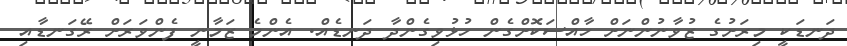
ދަނޑަކީ މިރަށުގެ ޒުވާނުންނަށް ހާއްސަކޮށްގެން ހުޅުވިގެންދާ ދަނޑެއް. އެންމެ ޒަމާނީ ފެންވަރަށް ރޭގަނޑާއި